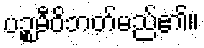
ပဉ္စမီဝိဘတ်မည်၏။